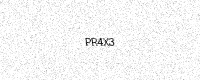
Text: PR4X3